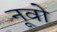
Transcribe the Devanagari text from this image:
नूवो